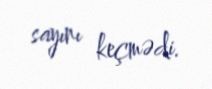
sayını keçmədi.